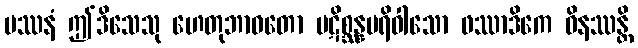
ပဿနံ ဤဒိသေသု ဟေတုဘာဝတော ပဋိစ္ဆန္နပရိဝါသော ဖဿာဒိကေ ဝိနဿန္တိ